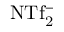
\mathrm { N T f _ { 2 } ^ { - } }